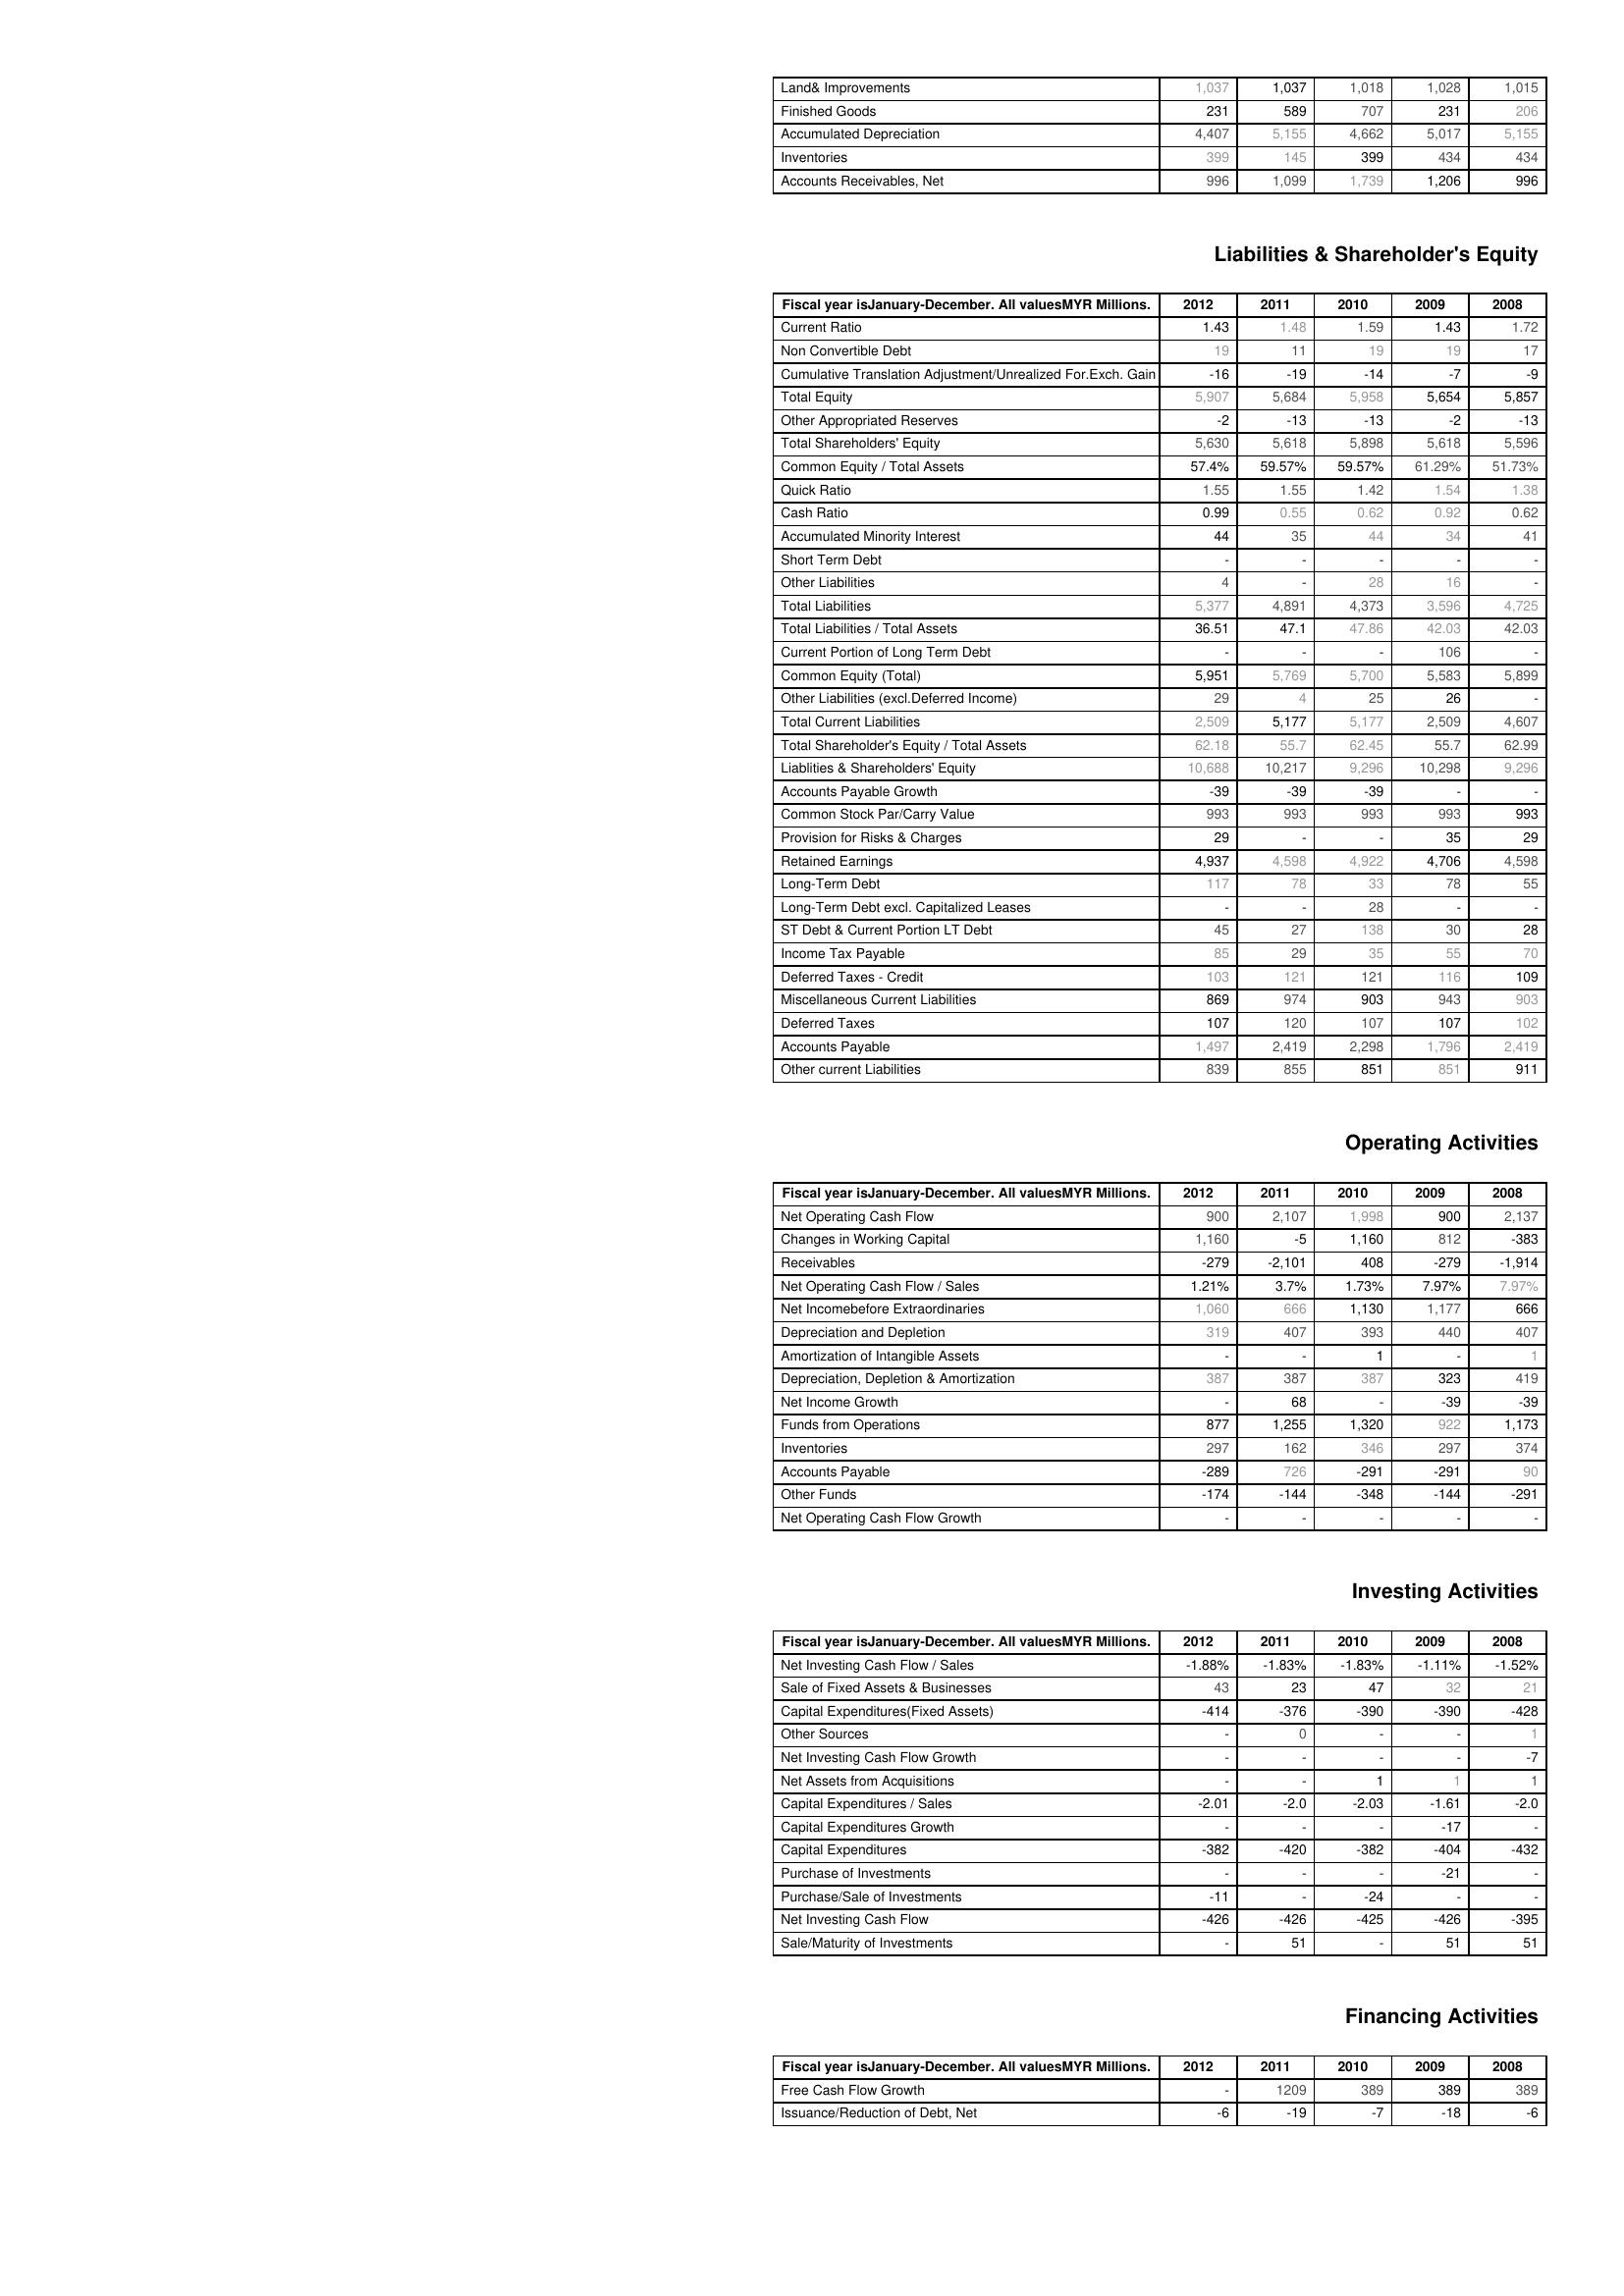
2012: Assets: Land& Improvements: 1,037
Finished Goods: 231
Accumulated Depreciation: 4,407
Inventories: 399
Accounts Receivables, Net: 996
Liabilities & Shareholder's Equity: Current Ratio: 1.43
Non Convertible Debt: 19
Cumulative Translation Adjustment/Unrealized For.Exch. Gain: -16
Total Equity: 5,907
Other Appropriated Reserves: -2
Total Shareholders' Equity: 5,630
Common Equity / Total Assets: 57.4%
Quick Ratio: 1.55
Cash Ratio: 0.99
Accumulated Minority Interest: 44
Short Term Debt: -
Other Liabilities: 4
Total Liabilities: 5,377
Total Liabilities / Total Assets: 36.51
Current Portion of Long Term Debt: -
Common Equity (Total): 5,951
Other Liabilities (excl.Deferred Income): 29
Total Current Liabilities: 2,509
Total Shareholder's Equity / Total Assets: 62.18
Liablities & Shareholders' Equity: 10,688
Accounts Payable Growth: -39
Common Stock Par/Carry Value: 993
Provision for Risks & Charges: 29
Retained Earnings: 4,937
Long-Term Debt: 117
Long-Term Debt excl. Capitalized Leases: -
ST Debt & Current Portion LT Debt: 45
Income Tax Payable: 85
Deferred Taxes - Credit: 103
Miscellaneous Current Liabilities: 869
Deferred Taxes: 107
Accounts Payable: 1,497
Other current Liabilities: 839
Operating Activities: Net Operating Cash Flow: 900
Changes in Working Capital: 1,160
Receivables: -279
Net Operating Cash Flow / Sales: 1.21%
Net Incomebefore Extraordinaries: 1,060
Depreciation and Depletion: 319
Amortization of Intangible Assets: -
Depreciation, Depletion & Amortization: 387
Net Income Growth: -
Funds from Operations: 877
Inventories: 297
Accounts Payable: -289
Other Funds: -174
Net Operating Cash Flow Growth: -
Investing Activities: Net Investing Cash Flow / Sales: -1.88%
Sale of Fixed Assets & Businesses: 43
Capital Expenditures(Fixed Assets): -414
Other Sources: -
Net Investing Cash Flow Growth: -
Net Assets from Acquisitions: -
Capital Expenditures / Sales: -2.01
Capital Expenditures Growth: -
Capital Expenditures: -382
Purchase of Investments: -
Purchase/Sale of Investments: -11
Net Investing Cash Flow: -426
Sale/Maturity of Investments: -
Financing Activities: Free Cash Flow Growth: -
Issuance/Reduction of Debt, Net: -6
2011: Assets: Land& Improvements: 1,037
Finished Goods: 589
Accumulated Depreciation: 5,155
Inventories: 145
Accounts Receivables, Net: 1,099
Liabilities & Shareholder's Equity: Current Ratio: 1.48
Non Convertible Debt: 11
Cumulative Translation Adjustment/Unrealized For.Exch. Gain: -19
Total Equity: 5,684
Other Appropriated Reserves: -13
Total Shareholders' Equity: 5,618
Common Equity / Total Assets: 59.57%
Quick Ratio: 1.55
Cash Ratio: 0.55
Accumulated Minority Interest: 35
Short Term Debt: -
Other Liabilities: -
Total Liabilities: 4,891
Total Liabilities / Total Assets: 47.1
Current Portion of Long Term Debt: -
Common Equity (Total): 5,769
Other Liabilities (excl.Deferred Income): 4
Total Current Liabilities: 5,177
Total Shareholder's Equity / Total Assets: 55.7
Liablities & Shareholders' Equity: 10,217
Accounts Payable Growth: -39
Common Stock Par/Carry Value: 993
Provision for Risks & Charges: -
Retained Earnings: 4,598
Long-Term Debt: 78
Long-Term Debt excl. Capitalized Leases: -
ST Debt & Current Portion LT Debt: 27
Income Tax Payable: 29
Deferred Taxes - Credit: 121
Miscellaneous Current Liabilities: 974
Deferred Taxes: 120
Accounts Payable: 2,419
Other current Liabilities: 855
Operating Activities: Net Operating Cash Flow: 2,107
Changes in Working Capital: -5
Receivables: -2,101
Net Operating Cash Flow / Sales: 3.7%
Net Incomebefore Extraordinaries: 666
Depreciation and Depletion: 407
Amortization of Intangible Assets: -
Depreciation, Depletion & Amortization: 387
Net Income Growth: 68
Funds from Operations: 1,255
Inventories: 162
Accounts Payable: 726
Other Funds: -144
Net Operating Cash Flow Growth: -
Investing Activities: Net Investing Cash Flow / Sales: -1.83%
Sale of Fixed Assets & Businesses: 23
Capital Expenditures(Fixed Assets): -376
Other Sources: 0
Net Investing Cash Flow Growth: -
Net Assets from Acquisitions: -
Capital Expenditures / Sales: -2.0
Capital Expenditures Growth: -
Capital Expenditures: -420
Purchase of Investments: -
Purchase/Sale of Investments: -
Net Investing Cash Flow: -426
Sale/Maturity of Investments: 51
Financing Activities: Free Cash Flow Growth: 1209
Issuance/Reduction of Debt, Net: -19
2010: Assets: Land& Improvements: 1,018
Finished Goods: 707
Accumulated Depreciation: 4,662
Inventories: 399
Accounts Receivables, Net: 1,739
Liabilities & Shareholder's Equity: Current Ratio: 1.59
Non Convertible Debt: 19
Cumulative Translation Adjustment/Unrealized For.Exch. Gain: -14
Total Equity: 5,958
Other Appropriated Reserves: -13
Total Shareholders' Equity: 5,898
Common Equity / Total Assets: 59.57%
Quick Ratio: 1.42
Cash Ratio: 0.62
Accumulated Minority Interest: 44
Short Term Debt: -
Other Liabilities: 28
Total Liabilities: 4,373
Total Liabilities / Total Assets: 47.86
Current Portion of Long Term Debt: -
Common Equity (Total): 5,700
Other Liabilities (excl.Deferred Income): 25
Total Current Liabilities: 5,177
Total Shareholder's Equity / Total Assets: 62.45
Liablities & Shareholders' Equity: 9,296
Accounts Payable Growth: -39
Common Stock Par/Carry Value: 993
Provision for Risks & Charges: -
Retained Earnings: 4,922
Long-Term Debt: 33
Long-Term Debt excl. Capitalized Leases: 28
ST Debt & Current Portion LT Debt: 138
Income Tax Payable: 35
Deferred Taxes - Credit: 121
Miscellaneous Current Liabilities: 903
Deferred Taxes: 107
Accounts Payable: 2,298
Other current Liabilities: 851
Operating Activities: Net Operating Cash Flow: 1,998
Changes in Working Capital: 1,160
Receivables: 408
Net Operating Cash Flow / Sales: 1.73%
Net Incomebefore Extraordinaries: 1,130
Depreciation and Depletion: 393
Amortization of Intangible Assets: 1
Depreciation, Depletion & Amortization: 387
Net Income Growth: -
Funds from Operations: 1,320
Inventories: 346
Accounts Payable: -291
Other Funds: -348
Net Operating Cash Flow Growth: -
Investing Activities: Net Investing Cash Flow / Sales: -1.83%
Sale of Fixed Assets & Businesses: 47
Capital Expenditures(Fixed Assets): -390
Other Sources: -
Net Investing Cash Flow Growth: -
Net Assets from Acquisitions: 1
Capital Expenditures / Sales: -2.03
Capital Expenditures Growth: -
Capital Expenditures: -382
Purchase of Investments: -
Purchase/Sale of Investments: -24
Net Investing Cash Flow: -425
Sale/Maturity of Investments: -
Financing Activities: Free Cash Flow Growth: 389
Issuance/Reduction of Debt, Net: -7
2009: Assets: Land& Improvements: 1,028
Finished Goods: 231
Accumulated Depreciation: 5,017
Inventories: 434
Accounts Receivables, Net: 1,206
Liabilities & Shareholder's Equity: Current Ratio: 1.43
Non Convertible Debt: 19
Cumulative Translation Adjustment/Unrealized For.Exch. Gain: -7
Total Equity: 5,654
Other Appropriated Reserves: -2
Total Shareholders' Equity: 5,618
Common Equity / Total Assets: 61.29%
Quick Ratio: 1.54
Cash Ratio: 0.92
Accumulated Minority Interest: 34
Short Term Debt: -
Other Liabilities: 16
Total Liabilities: 3,596
Total Liabilities / Total Assets: 42.03
Current Portion of Long Term Debt: 106
Common Equity (Total): 5,583
Other Liabilities (excl.Deferred Income): 26
Total Current Liabilities: 2,509
Total Shareholder's Equity / Total Assets: 55.7
Liablities & Shareholders' Equity: 10,298
Accounts Payable Growth: -
Common Stock Par/Carry Value: 993
Provision for Risks & Charges: 35
Retained Earnings: 4,706
Long-Term Debt: 78
Long-Term Debt excl. Capitalized Leases: -
ST Debt & Current Portion LT Debt: 30
Income Tax Payable: 55
Deferred Taxes - Credit: 116
Miscellaneous Current Liabilities: 943
Deferred Taxes: 107
Accounts Payable: 1,796
Other current Liabilities: 851
Operating Activities: Net Operating Cash Flow: 900
Changes in Working Capital: 812
Receivables: -279
Net Operating Cash Flow / Sales: 7.97%
Net Incomebefore Extraordinaries: 1,177
Depreciation and Depletion: 440
Amortization of Intangible Assets: -
Depreciation, Depletion & Amortization: 323
Net Income Growth: -39
Funds from Operations: 922
Inventories: 297
Accounts Payable: -291
Other Funds: -144
Net Operating Cash Flow Growth: -
Investing Activities: Net Investing Cash Flow / Sales: -1.11%
Sale of Fixed Assets & Businesses: 32
Capital Expenditures(Fixed Assets): -390
Other Sources: -
Net Investing Cash Flow Growth: -
Net Assets from Acquisitions: 1
Capital Expenditures / Sales: -1.61
Capital Expenditures Growth: -17
Capital Expenditures: -404
Purchase of Investments: -21
Purchase/Sale of Investments: -
Net Investing Cash Flow: -426
Sale/Maturity of Investments: 51
Financing Activities: Free Cash Flow Growth: 389
Issuance/Reduction of Debt, Net: -18
2008: Assets: Land& Improvements: 1,015
Finished Goods: 206
Accumulated Depreciation: 5,155
Inventories: 434
Accounts Receivables, Net: 996
Liabilities & Shareholder's Equity: Current Ratio: 1.72
Non Convertible Debt: 17
Cumulative Translation Adjustment/Unrealized For.Exch. Gain: -9
Total Equity: 5,857
Other Appropriated Reserves: -13
Total Shareholders' Equity: 5,596
Common Equity / Total Assets: 51.73%
Quick Ratio: 1.38
Cash Ratio: 0.62
Accumulated Minority Interest: 41
Short Term Debt: -
Other Liabilities: -
Total Liabilities: 4,725
Total Liabilities / Total Assets: 42.03
Current Portion of Long Term Debt: -
Common Equity (Total): 5,899
Other Liabilities (excl.Deferred Income): -
Total Current Liabilities: 4,607
Total Shareholder's Equity / Total Assets: 62.99
Liablities & Shareholders' Equity: 9,296
Accounts Payable Growth: -
Common Stock Par/Carry Value: 993
Provision for Risks & Charges: 29
Retained Earnings: 4,598
Long-Term Debt: 55
Long-Term Debt excl. Capitalized Leases: -
ST Debt & Current Portion LT Debt: 28
Income Tax Payable: 70
Deferred Taxes - Credit: 109
Miscellaneous Current Liabilities: 903
Deferred Taxes: 102
Accounts Payable: 2,419
Other current Liabilities: 911
Operating Activities: Net Operating Cash Flow: 2,137
Changes in Working Capital: -383
Receivables: -1,914
Net Operating Cash Flow / Sales: 7.97%
Net Incomebefore Extraordinaries: 666
Depreciation and Depletion: 407
Amortization of Intangible Assets: 1
Depreciation, Depletion & Amortization: 419
Net Income Growth: -39
Funds from Operations: 1,173
Inventories: 374
Accounts Payable: 90
Other Funds: -291
Net Operating Cash Flow Growth: -
Investing Activities: Net Investing Cash Flow / Sales: -1.52%
Sale of Fixed Assets & Businesses: 21
Capital Expenditures(Fixed Assets): -428
Other Sources: 1
Net Investing Cash Flow Growth: -7
Net Assets from Acquisitions: 1
Capital Expenditures / Sales: -2.0
Capital Expenditures Growth: -
Capital Expenditures: -432
Purchase of Investments: -
Purchase/Sale of Investments: -
Net Investing Cash Flow: -395
Sale/Maturity of Investments: 51
Financing Activities: Free Cash Flow Growth: 389
Issuance/Reduction of Debt, Net: -6